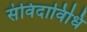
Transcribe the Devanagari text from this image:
संविदाविधि